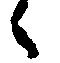
々